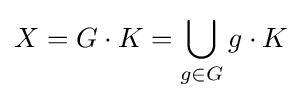
X=G\cdot K=\bigcup _{g\in G}g\cdot K